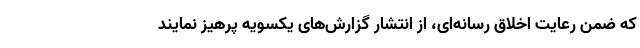
که ضمن رعایت اخلاق رسانه‌ای، از انتشار گزارش‌های یکسویه پرهیز نمایند